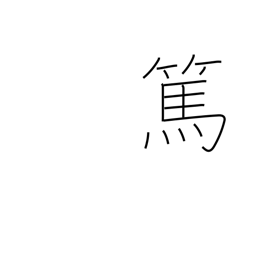
Meaning: kind